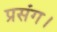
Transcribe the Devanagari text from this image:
प्रसंग।